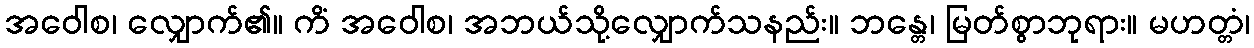
အဝေါစ၊ လျှောက်၏။ ကိံ အဝေါစ၊ အဘယ်သို့လျှောက်သနည်း။ ဘန္တေ၊ မြတ်စွာဘုရား။ မဟတ္တံ၊